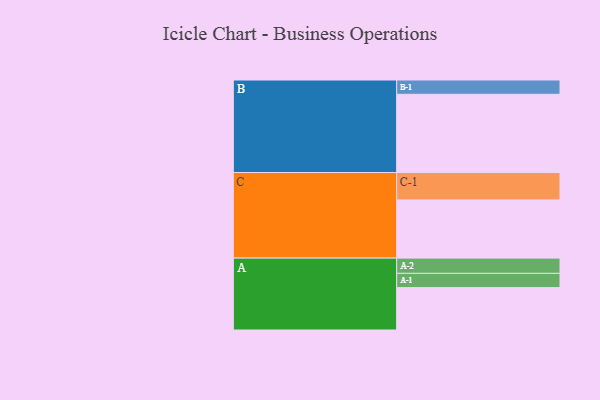
{"axis": {"x": "Segment", "y": "Value"}, "legend": ["", "A", "B", "C"], "data": [{"x": "A", "y": 306, "type": ""}, {"x": "B", "y": 565, "type": ""}, {"x": "C", "y": 420, "type": ""}, {"x": "A-1", "y": 103, "type": "A"}, {"x": "A-2", "y": 110, "type": "A"}, {"x": "B-1", "y": 103, "type": "B"}, {"x": "C-1", "y": 198, "type": "C"}]}